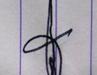
Signature authenticity: genuine